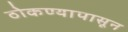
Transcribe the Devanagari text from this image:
ठोकण्यापासून